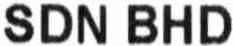
SDN BHD